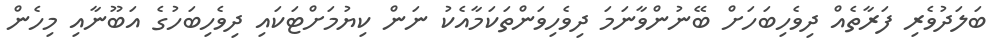
ބަލަދުވެރި ފަރާތެއް ދިވެހިބަހަށް ބޭނުންވާނަމަ ދިވެހިވަންތަކަމާއެކު ނަން ކިޔުމަށްޓަކައި ދިވެހިބަހުގެ އަބޫނާއި މިހެން